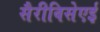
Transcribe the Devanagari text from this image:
सैरीविसेएई